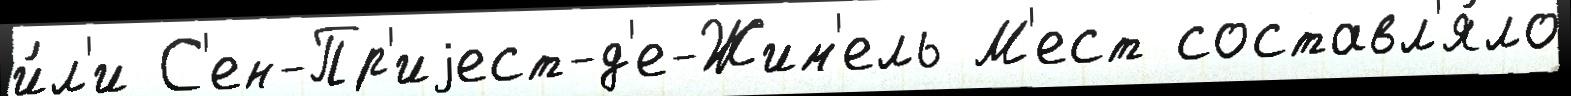
и́л'и С'ен-Пр'иjест-д'е-Жим'ель М'ест составл'я́ло